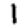
Digit: 1